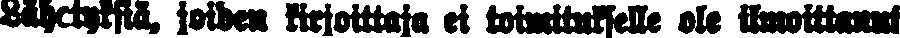
Lähetyksiä, joiden kirjoittaja ei toimitukselle ole ilmoittanut